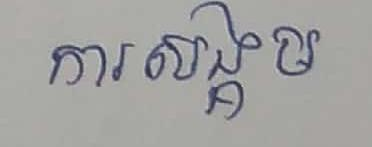
ការសង្គម